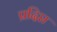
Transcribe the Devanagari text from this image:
प्रदिप्त